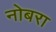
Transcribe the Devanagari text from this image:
नोबरा